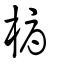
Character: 槈